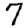
Digit: 7